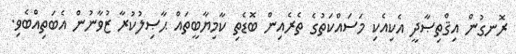
ރޮނގުން އިޤްތިޞާދީ އެކިއެކި މަސައްކަތުގެ ތެރެއިން ބޮޑެތި ކާމިޔާބީތައް ޙާޞިލުކުރާ ޒުވާނުން އެބަތިއްބެވި.